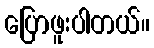
ပြောဖူးပါတယ်။